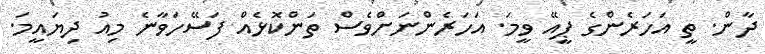
ދާން. ތީ އަހަރެންގެ ޕީއޭ ވީމަ. އަހަރެންނަށްވެސް ތަންކޮޅެއް ފަސޭހަވާނެ މިއު ދިޔައީމަ.